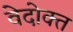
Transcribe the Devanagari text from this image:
वेदोक्‍त